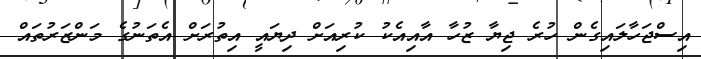
އިސްޖަހާލައިގެން ހުރެ ޖިޔާ ޒުހާ އާއިއެކު ކުރިއަށް ދިޔައީ އިތުރަށް އެތަނުގެ މަންޒަރުތައް